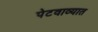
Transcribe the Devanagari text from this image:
पेटवाव्यात